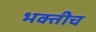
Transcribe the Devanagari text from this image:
भक्तीच